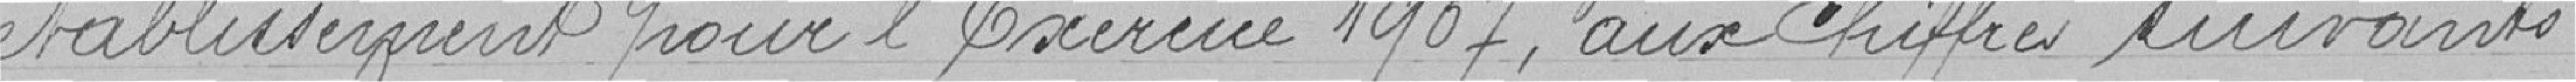
établissement pour l'exercice 1907, aux chiffres suivants.